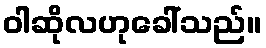
ဝါဆိုလဟုခေါ်သည်။